Lunatic asylums Bombay report 1891-1903 - 1891-1903
Year: 1891
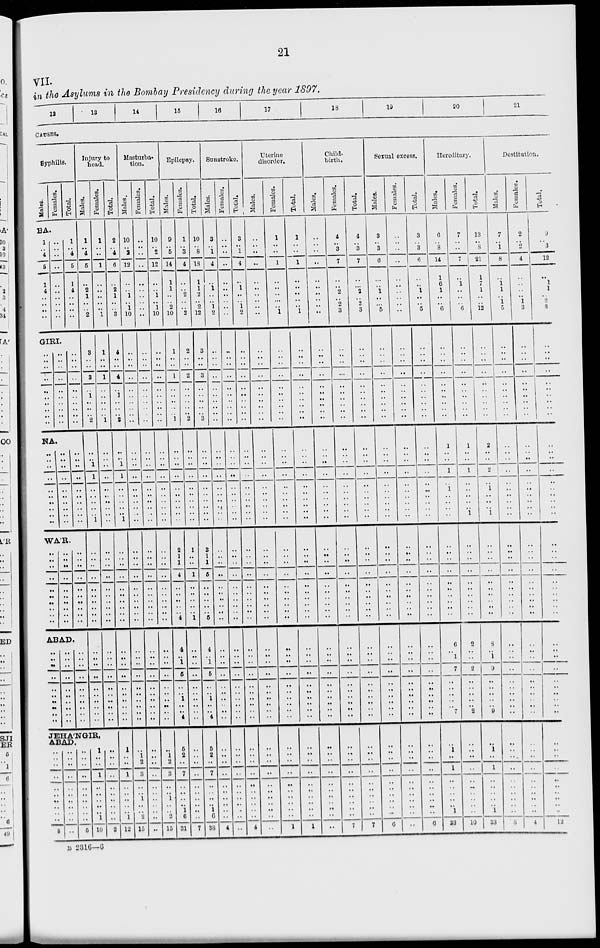
21
VII.
in the Asylums in the Bombay Presidency during the year 1897.
12
13
14
15
16
17
18
19
20
21
CAUSES.
Syphilis.
Males.
Females.
Total.
BA.
1
..
4
5
1
4
..
..
..
..
..
..
..
..
..
..
..
..
..
..
1
..
4
5
1
4
..
..
..
..
GIRI.
..
..
..
..
..
..
..
..
..
..
..
..
..
..
..
..
..
..
..
..
..
..
..
..
..
..
..
..
..
..
NA.
..
..
..
..
..
..
..
..
.. ..
..
..
..
..
..
..
..
..
..
..
..
..
..
..
..
..
..
..
.. ..
WAR.
..
..
..
..
..
..
..
..
..
..
..
..
..
..
..
..
..
..
..
..
..
..
..
..
..
..
..
..
..
..
ABAD.
..
..
..
..
..
..
..
..
..
..
..
..
..
..
..
..
..
..
..
..
..
..
..
..
..
..
..
..
..
..
Injury to
head.
Males.
1
..
4
5
..
2
1
..
..
2
3
..
..
3
..
1
..
..
.. 2
..
..
1
1
..
..
..
..
..
1
..
..
..
..
..
..
..
..
..
..
..
..
..
..
..
..
..
..
..
..
Females.
1
..
..
1
..
..
..
..
..
1
1
..
..
1
..
..
..
..
.. 1
..
..
..
..
..
..
..
..
.. ..
..
..
..
..
..
..
..
..
..
..
..
..
..
..
..
.. ..
..
..
..
JEHA'NGIR,
ABAD.
..
..
..
..
..
..
..
..
..
..
5
..
..
..
..
..
..
..
..
..
..
..
..
..
..
..
..
..
..
..
..
..
5
1
..
..
1
..
..
..
..
..
1
10
..
..
..
..
..
..
..
..
..
..
2
Total.
2
..
4
6
..
2
1
..
..
3
4
..
..
4
..
1
..
..
.. 3
..
..
1
1
..
..
..
..
.. 1
..
..
..
..
..
..
..
..
..
..
..
..
..
..
..
..
..
..
..
..
1
..
..
1
..
..
..
..
..
1
12
Masturba-
tion.
Males.
10
..
2
12
..
..
1
.. 1
10
..
..
..
..
..
..
..
..
..
..
..
..
..
..
..
..
..
..
..
..
..
..
..
..
..
..
..
..
..
..
..
..
..
..
..
..
..
..
..
..
..
1
2
3
..
..
..
..
..
2
15
Females.
..
..
..
..
..
..
..
..
..
..
..
..
..
..
..
..
..
..
..
..
..
..
..
..
..
..
..
..
..
..
..
..
..
..
..
..
..
..
..
..
..
..
..
..
..
..
..
..
..
..
..
..
..
..
..
..
..
..
..
..
..
Total.
10
..
2
12
..
..
1
.. 1
10
..
..
..
..
..
..
..
..
..
..
..
..
..
..
..
..
..
..
..
..
..
..
..
..
..
..
..
..
..
..
..
..
..
..
..
..
..
..
..
..
..
1
2
3
..
..
..
..
..
2
15
Epilepsy.
Males.
9
..
5
14
1
1
..
.. 2
10
1
..
..
1
..
..
..
..
.. 1
..
..
..
..
..
..
..
..
..
..
2
1
1
4
..
..
..
..
..
4
4
.. 1
5
..
.. 1
..
.. 4
5
2
..
7
..
..
..
.. 1
6
31
Females.
1
..
3
4
..
..
2
..
..
2
2
..
..
2
..
..
..
..
.. 2
..
..
..
..
..
..
..
..
..
..
1
..
..
1
..
..
..
..
..
1
..
.. ..
..
..
.. ..
..
.. ..
..
..
..
..
..
..
..
.. ..
..
7
Total.
10
..
8
18
1
1
2
.. 2
12
3
..
..
3
..
..
..
..
.. 3
..
..
..
..
..
..
..
..
..
..
3
1
1
5
..
..
..
..
..
5
4
.. 1
5
..
.. 1
..
.. 4
5
2
..
7
..
..
..
.. 1
6
38
Sunstroke.
Males.
3
..
1
4
..
1
..
.. 1
2
..
..
..
..
..
..
..
..
..
..
..
..
..
..
..
..
..
..
..
..
..
..
..
..
..
..
..
..
..
..
..
..
..
..
..
..
..
..
..
..
..
..
..
..
..
..
..
.. ..
..
4
Females.
..
..
..
..
..
..
..
..
..
..
..
..
..
..
..
..
..
..
.. ..
..
..
..
..
..
..
..
..
..
..
..
..
..
..
..
..
..
..
..
..
..
..
..
..
..
..
..
..
..
..
..
..
..
..
..
..
..
.. ..
..
..
Total.
3
..
1
4
..
1
..
.. 1
2
..
..
..
..
..
..
..
..
..
..
..
..
..
..
..
..
..
..
..
..
..
..
..
..
..
..
..
..
..
..
..
..
..
..
..
..
..
..
..
..
..
..
..
..
..
..
..
..
..
..
4
Uterine
disorder.
Males.
..
..
..
..
..
..
..
..
..
..
..
..
..
..
..
..
..
..
.. ..
..
..
..
..
..
..
..
..
..
..
..
..
..
..
..
..
..
..
..
..
..
..
..
..
..
..
..
..
..
..
..
..
..
..
..
..
..
..
..
..
..
Females.
1
..
..
1
..
..
..
..
..
1
..
..
..
..
..
..
..
..
.. ..
..
..
..
..
..
..
..
..
..
..
..
..
..
..
..
..
..
..
..
..
..
..
..
..
..
..
..
..
..
..
..
..
..
..
..
..
..
..
..
..
1
Total.
1
..
..
1
..
..
..
..
..
1
..
..
..
..
..
..
..
..
..
..
..
..
..
..
..
..
..
..
..
..
..
..
..
..
..
..
..
..
..
..
..
..
..
..
..
..
..
..
..
..
..
..
..
..
..
..
..
..
..
..
1
Child-
birth.
Males.
..
..
..
..
..
..
..
..
..
..
..
..
..
..
..
..
..
..
..
..
..
..
..
..
..
..
..
..
..
..
..
..
..
..
..
..
..
..
..
..
..
..
..
..
..
..
..
..
..
..
..
..
..
..
..
..
..
.. ..
..
..
Females.
4
..
3
7
..
..
2
.. 2
3
..
..
..
..
..
..
..
..
..
..
..
..
..
..
..
..
..
..
.. ..
..
..
..
..
..
..
..
..
..
..
..
..
..
..
..
..
..
..
..
..
..
..
..
..
..
..
..
..
..
..
7
Total.
4
..
3
7
..
..
2
..
2
3
..
..
..
..
..
..
..
..
..
..
..
..
..
..
..
..
..
..
..
..
..
..
..
..
..
..
..
..
..
..
..
..
..
..
..
..
..
..
..
..
..
..
..
..
..
..
..
.. ..
..
7
Sexual excess.
Males.
3
..
3
6
..
..
1
..
..
5
..
..
..
..
..
..
..
..
..
..
..
..
..
..
..
..
..
..
..
..
..
..
..
..
..
..
..
..
..
..
..
.. ..
..
..
..
..
..
..
..
..
..
..
..
..
..
..
..
..
..
6
Females.
..
..
..
..
..
..
..
.. ..
..
..
..
..
..
..
..
..
..
..
..
..
..
..
..
..
..
..
.. ..
..
..
..
..
..
..
..
..
..
..
..
..
..
..
..
..
..
..
..
..
..
..
..
..
..
..
..
..
..
..
..
..
Total.
3
..
3
6
..
..
1
..
..
5
..
..
..
..
..
..
..
..
..
..
..
..
..
..
..
..
..
..
..
..
..
..
..
..
..
..
..
..
..
..
..
..
..
..
..
..
..
..
..
..
..
..
..
..
..
..
..
..
..
..
6
Hereditary.
Males.
6
..
8
14
1
6
1
..
..
6
..
..
..
..
..
..
..
..
..
..
1
..
..
1
..
1
..
..
..
..
..
..
..
..
..
..
..
..
..
..
6
.. 1
7
..
..
..
..
.. 7
..
1
..
1
..
..
..
.. ..
1
23
Females.
7
..
..
7
..
1
..
..
..
6
..
..
..
..
..
..
..
..
.. ..
1
..
..
1
..
..
..
..
.. 1
..
..
..
..
..
..
..
..
..
..
2
..
..
2
..
.. ..
..
..
2
..
..
..
..
..
..
.. ..
..
..
10
Total.
13
..
8
21
1
7
1
..
..
12
..
..
..
..
..
..
..
..
..
..
2
..
..
2
..
1
..
..
.. 1
..
..
..
..
..
..
..
.. ..
..
8
..
1
9
..
..
..
..
..
9
..
1
..
1
..
..
.. ..
..
1
33
Destitution.
Males.
7
..
1
8
..
1
1
..
1
5
..
..
..
..
..
..
..
..
..
..
..
..
..
..
..
..
..
.. ..
..
..
..
..
..
..
..
..
..
..
..
..
..
..
..
..
..
..
..
..
..
..
..
..
..
..
..
.. ..
..
..
8
Females.
2
..
2
4
..
..
..
..
1
3
..
..
..
..
..
..
..
..
.. ..
..
..
..
..
..
..
..
..
..
..
..
..
..
..
..
..
..
..
..
..
..
..
..
..
..
..
..
..
..
..
..
..
..
..
..
..
..
..
..
..
4
Total.
9
..
3
12
..
1
1
..
2
8
..
..
..
..
..
..
..
..
..
..
..
..
..
..
..
..
..
..
..
..
..
..
..
..
..
..
..
..
..
..
..
..
..
..
..
..
..
..
..
..
..
..
..
..
..
..
..
..
..
..
12
B 2316—6